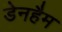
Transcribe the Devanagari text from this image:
डेनहैम